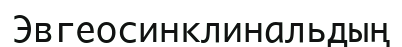
Эвгеосинклинальдың